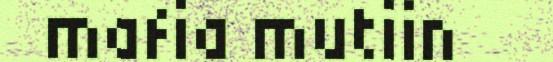
mafia mutiin